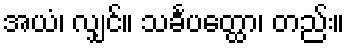
အယံ၊ လျှင်။ သင်္ခပတ္ထော၊ တည်း။